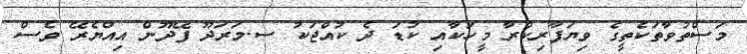
މަސްތުވާތަކެތީގެ ވިޔަފާރިކުރާ މީހަކާއި ކުޑަ ދެ ކުއްޖަކު ސ.މަރަދޫ ފޭދޫން އިއްޔެރޭ ވެސް